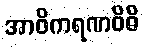
အာဝိကရဏဝိဓိ